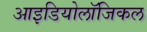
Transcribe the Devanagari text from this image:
आइडियोलॉजिकल